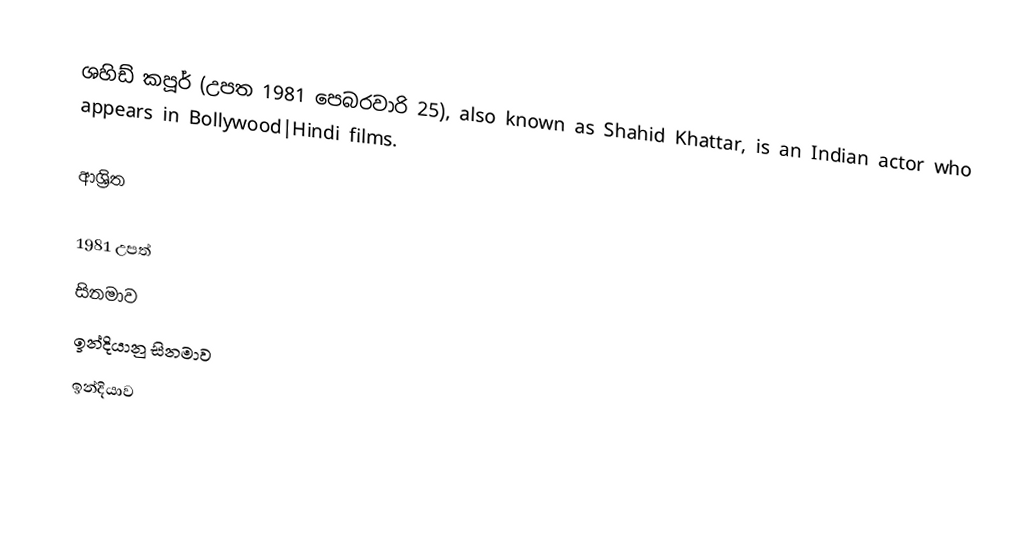
ශහිඩ් කපූර්  (උපත 1981 පෙබරවාරි 25), also known as Shahid Khattar, is an Indian actor who appears in Bollywood|Hindi films.

ආශ්‍රිත

1981 උපත්
සිනමාව
ඉන්දියානු සිනමාව
ඉන්දියාව